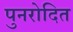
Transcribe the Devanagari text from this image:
पुनरोदित